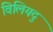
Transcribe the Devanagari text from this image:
विलियदु